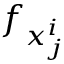
f _ { x _ { j } ^ { i } }